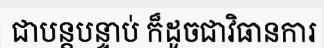
ជាបន្តបន្ទាប់ ក៏ដូចជាវិធានការ